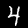
Label: 4